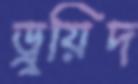
ড্রুয়িদ